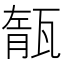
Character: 𤭨